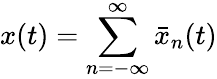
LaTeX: x(t)=\sum_{n=-\infty}^{\infty}\bar{x}_{n}(t)